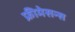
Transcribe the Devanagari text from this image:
फ्रीमेसन्स